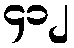
၄၁၂